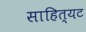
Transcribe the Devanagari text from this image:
साहित्यट